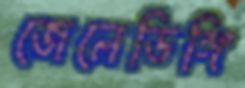
জেলেডিঙ্গি